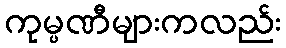
ကုမ္ပဏီများကလည်း